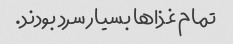
تمام غذاها بسیار سرد بودند.